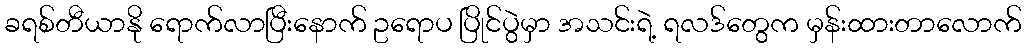
ခရစ်တီယာနို ရောက်လာပြီးနောက် ဥရောပ ပြိုင်ပွဲမှာ အသင်းရဲ့ ရလဒ်တွေက မှန်းထားတာလောက်